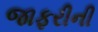
જાફરીની